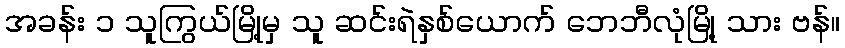
အခန်း ၁ သူကြွယ်မြို့မှ သူ ဆင်းရဲနှစ်ယောက် ဘေဘီလုံမြို့ သား ဗန်။